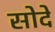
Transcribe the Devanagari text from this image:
सोदे